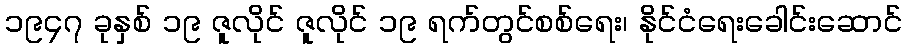
၁၉၄၇ ခုနှစ် ၁၉ ဇူလိုင် ဇူလိုင် ၁၉ ရက်တွင်စစ်ရေး၊ နိုင်ငံရေးခေါင်းဆောင်